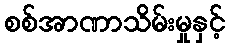
စစ်အာဏာသိမ်းမှုနှင့်